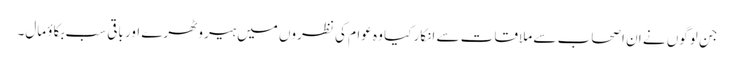
جن لوگوں نے ان اصحاب سے ملاقات سے انکار کیا وہ عوام کی نظروں میں ہیرو ٹھرے اور باقی سب بکاؤ مال۔